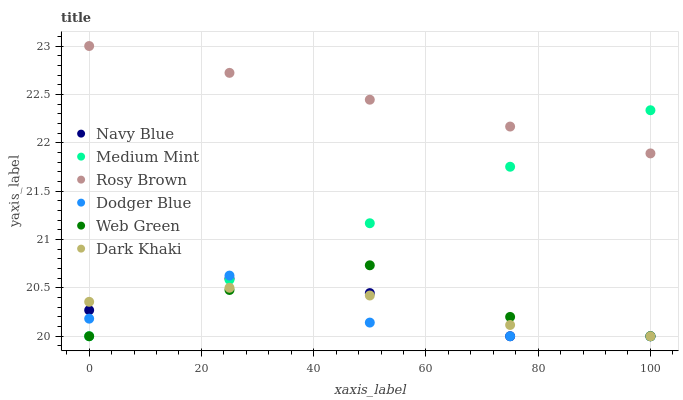
| xaxis_label | Navy Blue | Medium Mint | Rosy Brown | Dodger Blue | Web Green | Dark Khaki |
 | --- | --- | --- | --- | --- | --- | --- |
 | 0 | 20.3 | 20 | 23 | 20.2 | 20 | 20.4 |
 | 25 | 20.6 | 20.6 | 22.7 | 20.6 | 20.5 | 20.5 |
 | 50 | 20.4 | 21.2 | 22.4 | 20.1 | 20.7 | 20.4 |
 | 75 | 20 | 21.8 | 22.2 | 20 | 20.2 | 20.1 |
 | 100 | 20 | 22.3 | 21.9 | 20 | 20 | 20 |